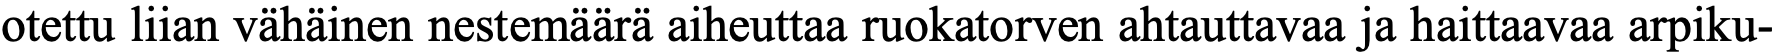
otettu liian vähäinen nestemäärä aiheuttaa ruokatorven ahtauttavaa ja haittaavaa arpiku-